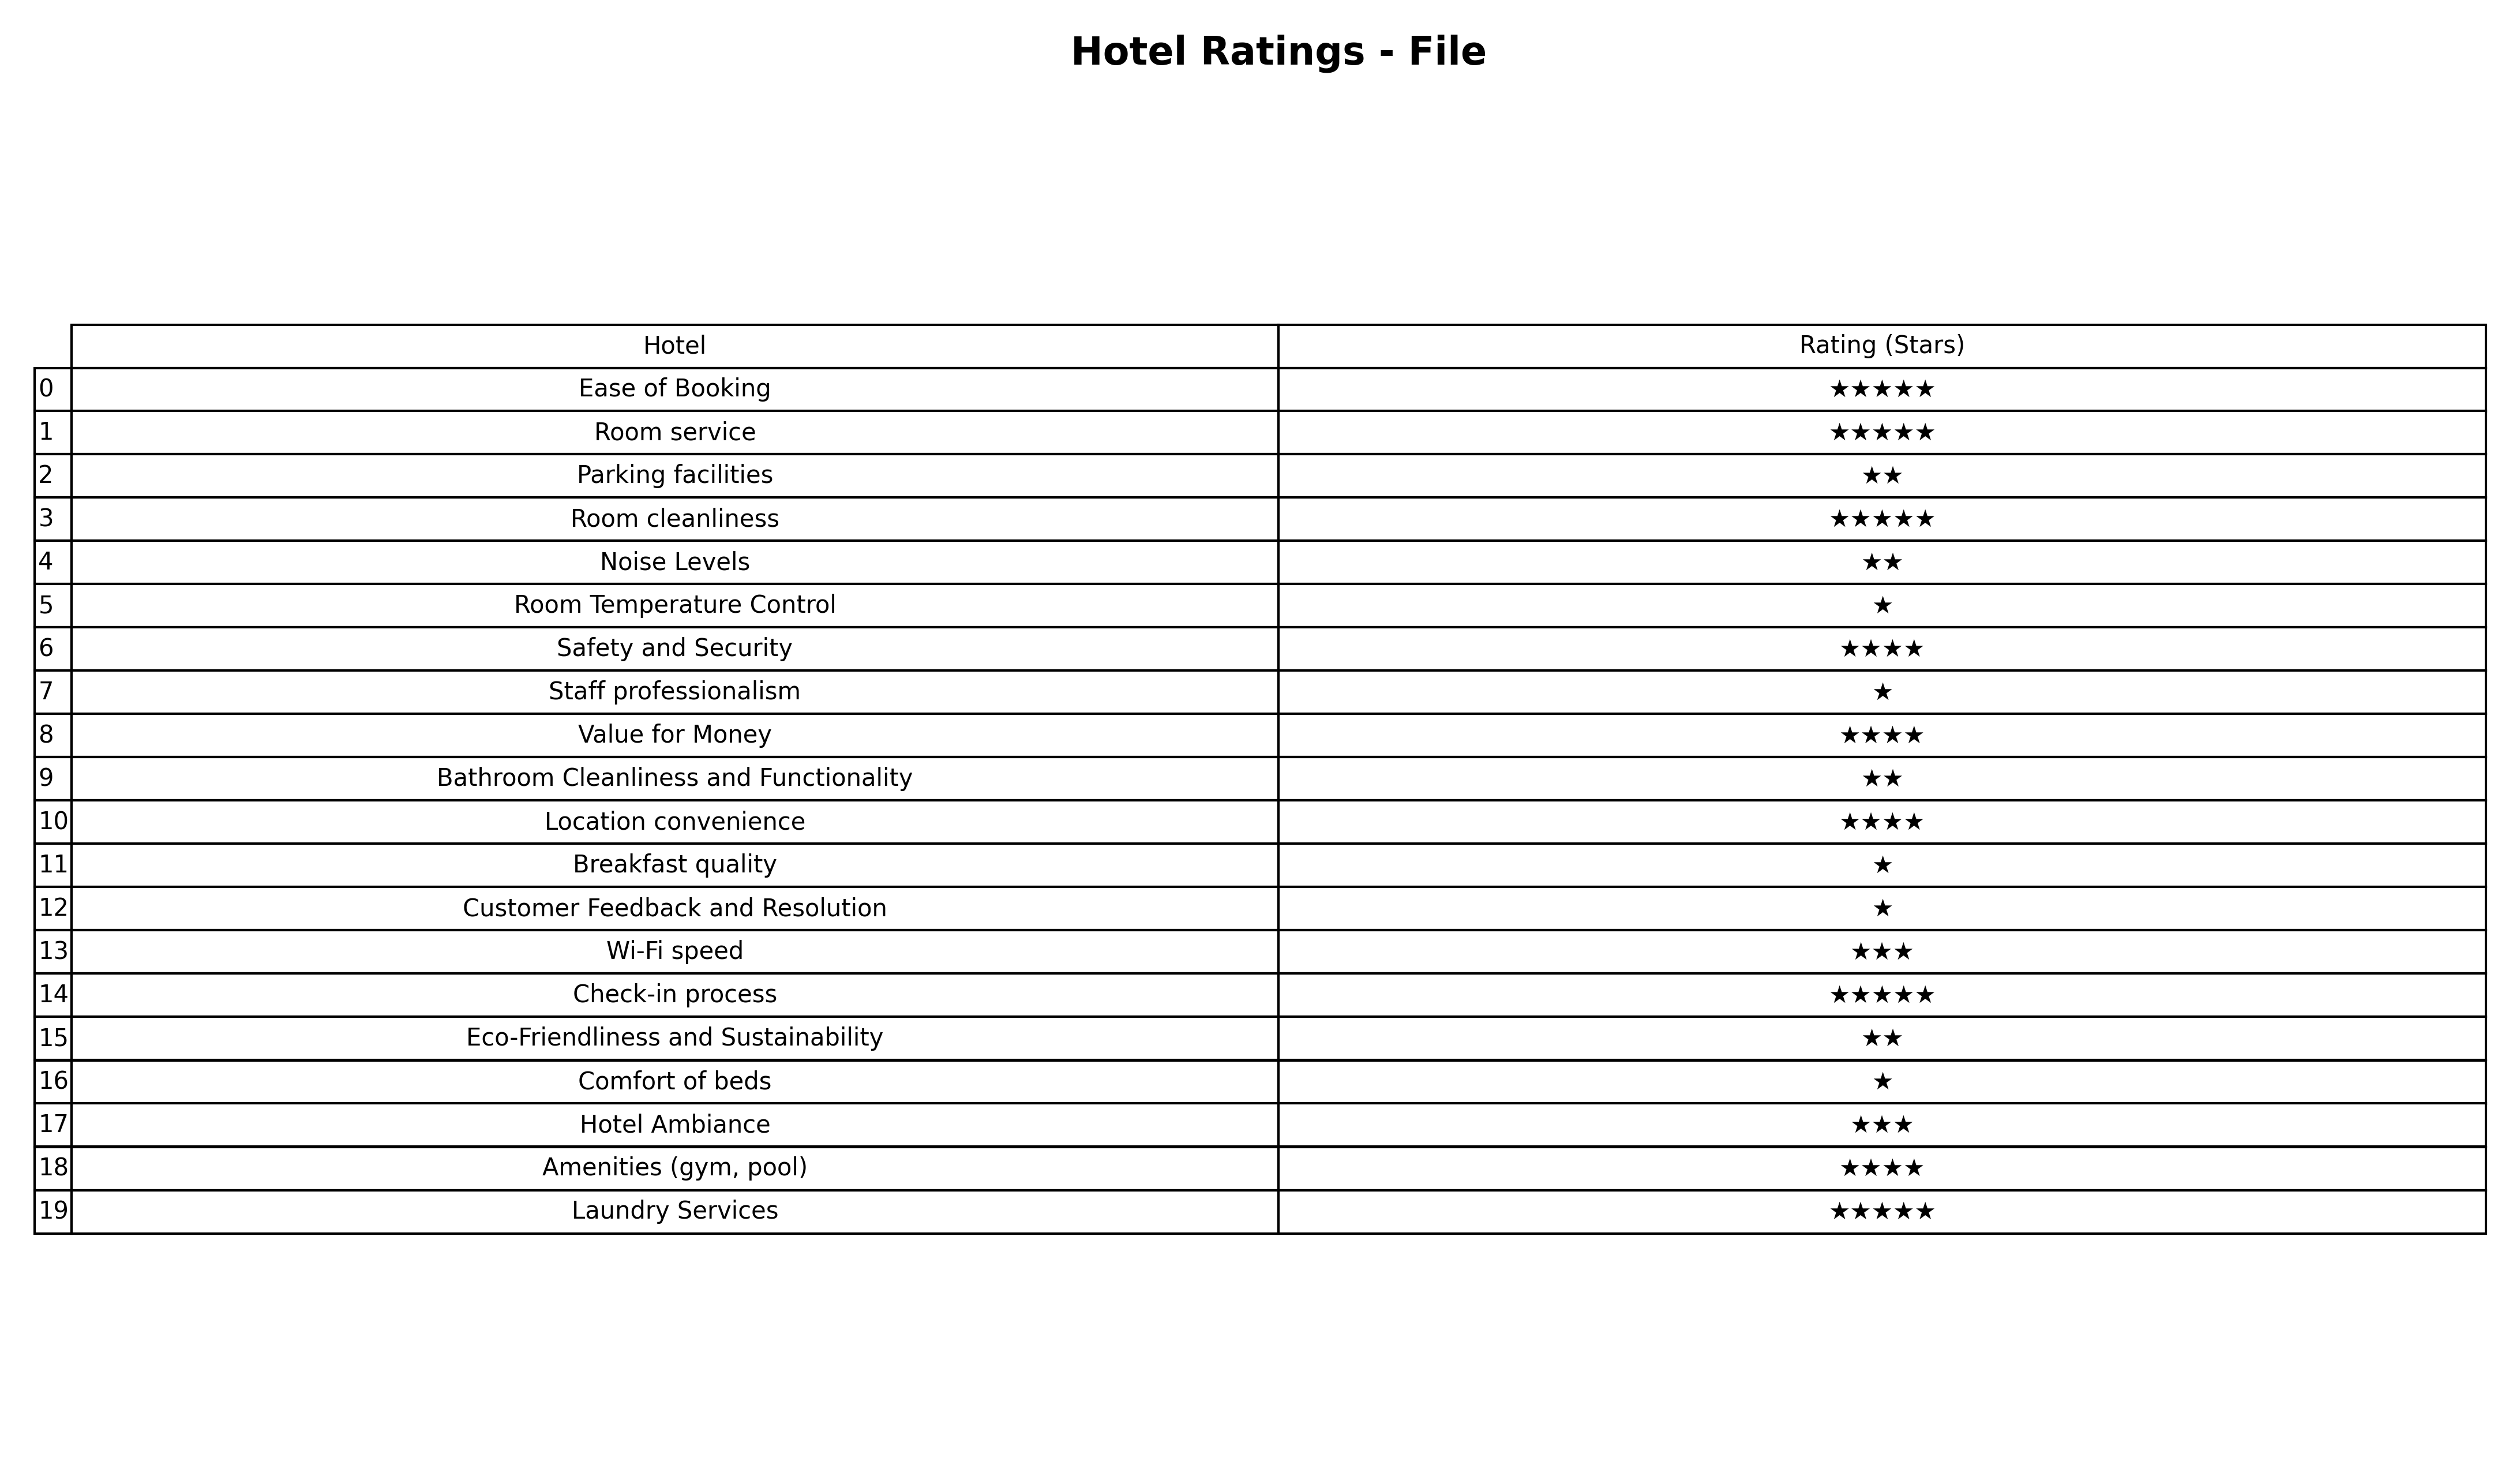
question: What are highest rating services?
answer: Ease of BookingRoom serviceRoom cleanlinessCheck-in processLaundry Services